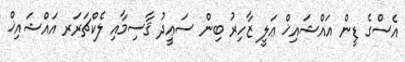
އެސްގެ ޑީން އައްޝައިޚް ޢަލީ ޒާހިރު ބިން ސަޢީދު ޤާސިމާއި ލެކްޗަރަރ އައްޝައިޚް